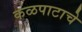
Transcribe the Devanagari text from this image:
कळपाटाचे